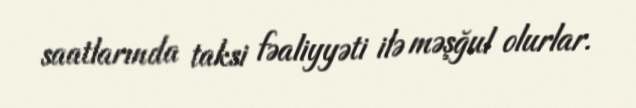
saatlarında taksi fəaliyyəti ilə məşğul olurlar.